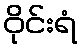
ဝိုင်းရံ